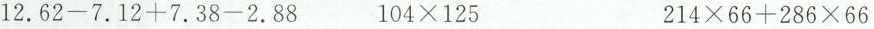
$$1 2 . 6 2 - 7 . 1 2 + 7 . 3 8 - 2 . 8 8$$$$1 0 4 × 1 2 5$$$$2 1 4 × 6 6 + 2 8 6 × 6 6$$